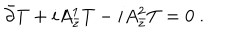
\bar { \partial } T + i A _ { \bar { z } } ^ { 1 } T - i A _ { \bar { z } } ^ { 2 } T = 0 \ .